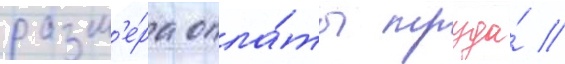
разм'е́ра опла́ты труда́ //